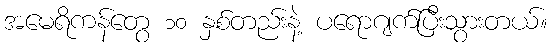
အမေရိကန်တွေ ၁၀ နှစ်တည်းနဲ့ ပရောဂျက်ပြီးသွားတယ်။